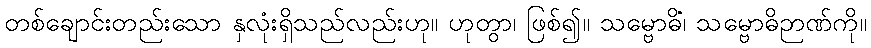
တစ်ချောင်းတည်းသော နှလုံးရှိသည်လည်းဟု။ ဟုတွာ၊ ဖြစ်၍။ သမ္ဗောဓိံ၊ သမ္ဗောဓိဉာဏ်ကို။